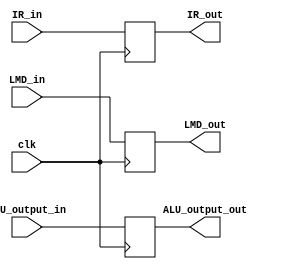
`timescale 1ns / 1ps
module MEM_WB_reg(
    input [31:0] LMD_in,
    output [31:0] LMD_out,
    input [31:0] ALU_output_in,
    output [31:0] ALU_output_out,
    input [31:0] IR_in,
    output [31:0] IR_out,
    input clk
    );

reg [31:0] LMD;
reg [31:0] ALU;
reg [31:0] IR;

assign LMD_out = LMD;
assign ALU_output_out = ALU;
assign IR_out = IR;

always @(posedge clk)

	begin
        
    LMD <= LMD_in;
	 ALU <=  ALU_output_in;
	 IR  <= IR_in ;
   end
	
endmodule